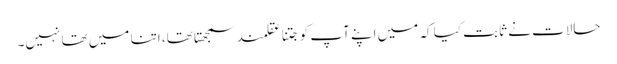
حالات نے ثابت کیا کہ میں اپنے آپ کو جتنا عقلمند سمجھتا تھا، اتنا میں تھا نہیں۔